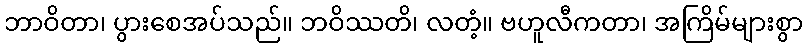
ဘာဝိတာ၊ ပွားစေအပ်သည်။ ဘဝိဿတိ၊ လတံ့။ ဗဟူလီကတာ၊ အကြိမ်များစွာ